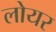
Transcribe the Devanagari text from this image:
लोयर